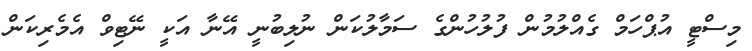
މިސްޓީ އުޕްހަމް ގެއްލުމުން ފުލުހުންގެ ސަމާލުކަން ނުލިބުނީ އޭނާ އަކީ ނޭޓިވް އެމެރިކަން